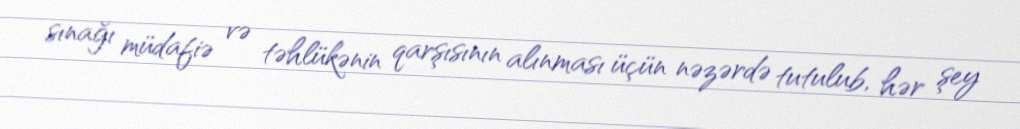
sınağı müdafiə və təhlükənin qarşısının alınması üçün nəzərdə tutulub, hər şey